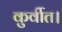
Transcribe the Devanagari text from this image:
कुर्वीत।